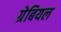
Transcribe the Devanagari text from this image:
ग्रेबियल